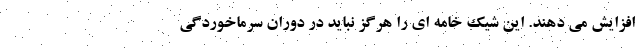
افزایش می دهند. این شیک خامه ای را هرگز نباید در دوران سرماخوردگی